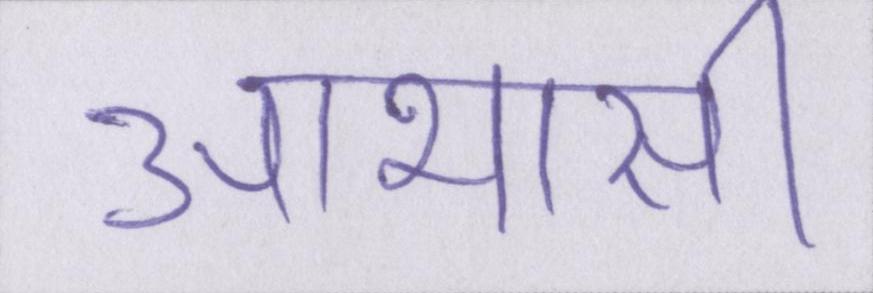
आभासी